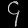
Digit: ၄